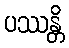
ပဿန္တိ